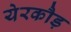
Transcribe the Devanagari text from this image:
येरकौड़